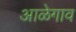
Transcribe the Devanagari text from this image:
आळेगाव